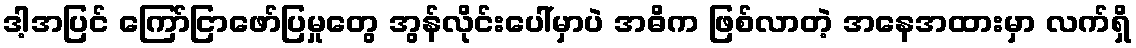
ဒါ့အပြင် ကြော်ငြာဖော်ပြမှုတွေ အွန်လိုင်းပေါ်မှာပဲ အဓိက ဖြစ်လာတဲ့ အနေအထားမှာ လက်ရှိ